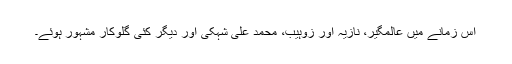
اس زمانے میں عالمگیر، نازیہ اور زوہیب، محمد علی شہکی اور دیگر کئی گلوکار مشہور ہوئے۔